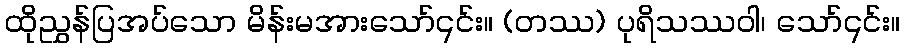
ထိုညွှန်ပြအပ်သော မိန်းမအားသော်၎င်း။ (တဿ) ပုရိသဿဝါ၊ သော်၎င်း။